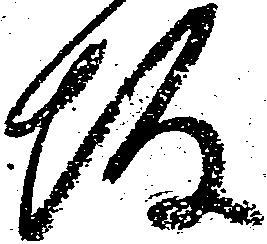
坂